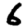
Digit: 6